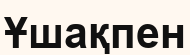
Ұшақпен